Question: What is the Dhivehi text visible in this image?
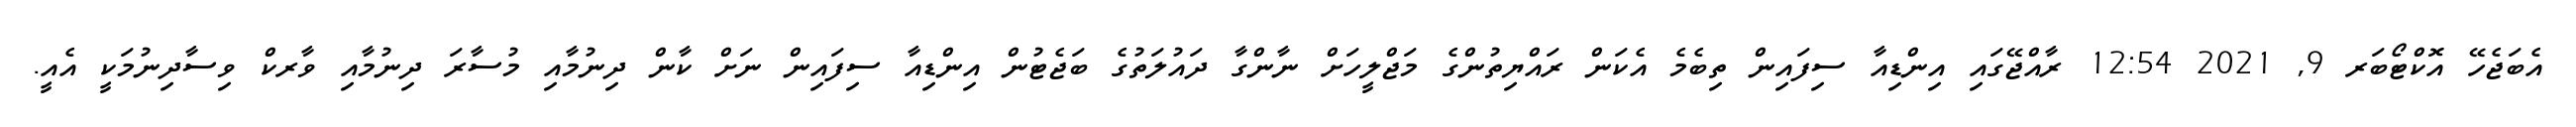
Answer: އެބަޖެހޭ އޮކްޓޯބަރ 9, 2021 12:54 ރާއްޖޭގައި އިންޑިއާ ސިފައިން ތިބެމެ އެކަން ރައްޔިތުންގެ މަޖްލީހަށް ނާންގާ ދައުލަތުގެ ބަޖެޓުން އިންޑިއާ ސިފައިން ނަށް ކާން ދިނުމާއި މުސާރަ ދިނުމާއި ވާރކް ވިސާދިނުމަކީ އެއީ.